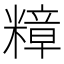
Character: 𮵽